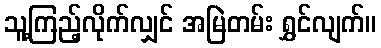
သူ့ကြည့်လိုက်လျှင် အမြဲတမ်း ရွှင်လျက်။